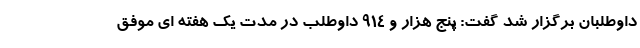
داوطلبان برگزار شد گفت: پنج هزار و ۹۱۴ داوطلب در مدت یک هفته ای موفق